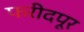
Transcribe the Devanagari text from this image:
फरीदपूर